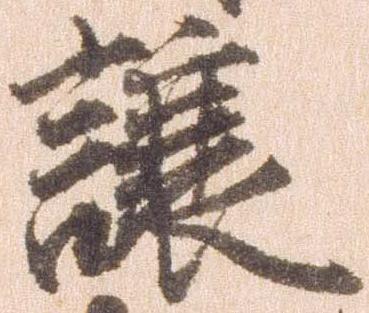
譲